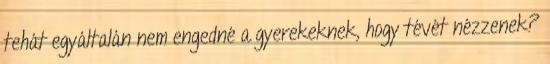
tehát egyáltalán nem engedné a gyerekeknek, hogy tévét nézzenek?